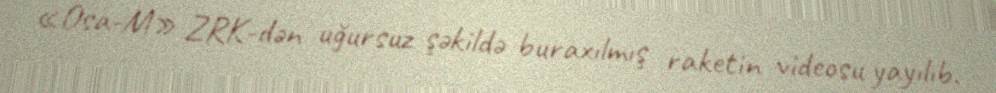
«Osa-M» ZRK-dən uğursuz şəkildə buraxılmış raketin videosu yayılıb.